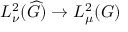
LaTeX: L _ { \nu } ^ { 2 } ( { \widehat { G } } ) \to L _ { \mu } ^ { 2 } ( G )